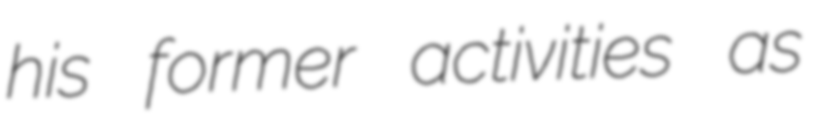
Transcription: his former activities as